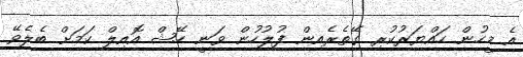
އެ މީހުން ހައްޔަރުކުރި ގޭތެރެއިން ފުލުހުން ވަނީ ހޭޝް އޮއިލް ކަމަށް ބެލެވޭ